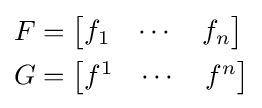
{\begin{aligned}F&={\begin{bmatrix}f_{1}&\cdots &f_{n}\end{bmatrix}}\\G&={\begin{bmatrix}f^{1}&\cdots &f^{n}\end{bmatrix}}\end{aligned}}